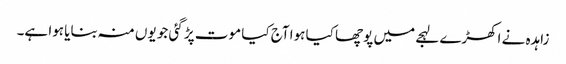
زاہدہ نے اکھڑے لہجے میں پوچھا کیا ہوا آج کیا موت پڑ گئی جو یوں منہ بنایا ہوا ہے۔